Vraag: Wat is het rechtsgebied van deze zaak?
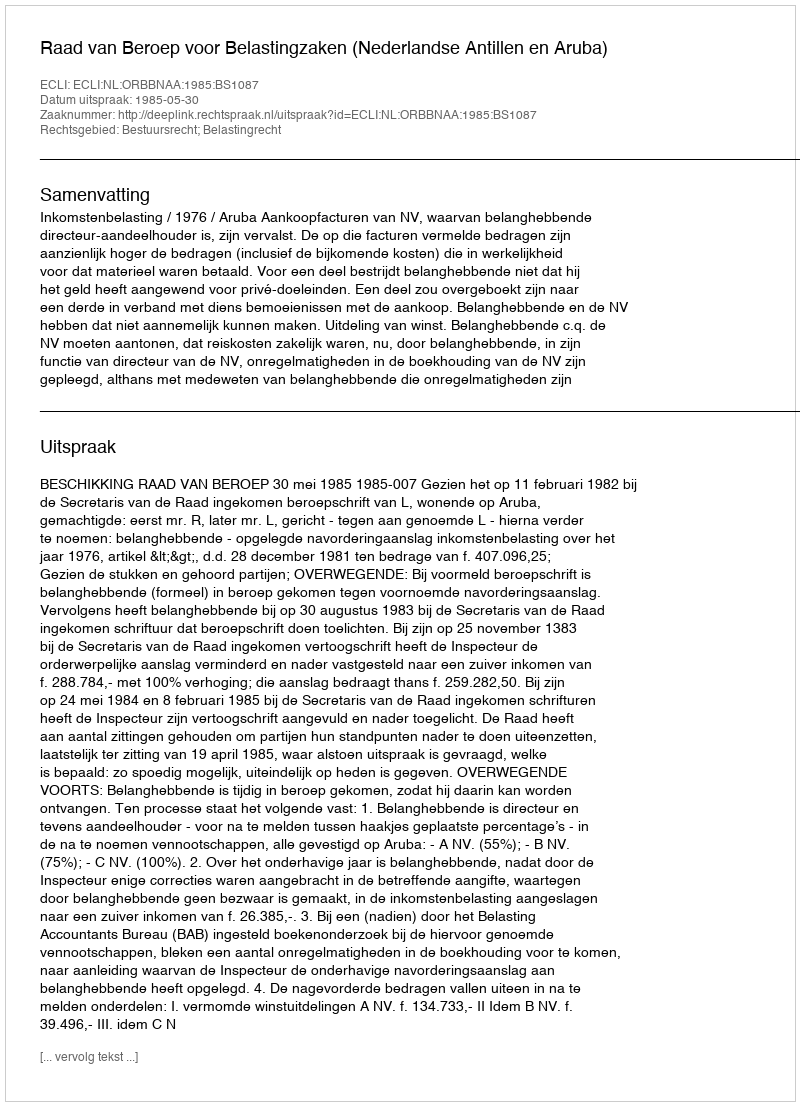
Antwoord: Bestuursrecht; Belastingrecht